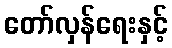
တော်လှန်ရေးနှင့်